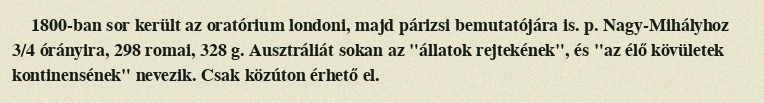
1800-ban sor került az oratórium londoni, majd párizsi bemutatójára is. p. Nagy-Mihályhoz 3/4 órányira, 298 romai, 328 g. Ausztráliát sokan az "állatok rejtekének", és "az élő kövületek kontinensének" nevezik. Csak közúton érhető el.